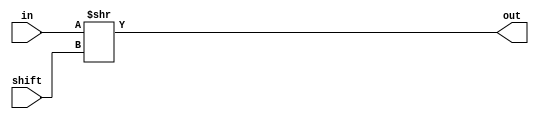
module right_shift_logical(in, out, shift);
output [15:0] out;
input [15:0] in;
input [3:0] shift;
assign out = in >> shift;
endmodule